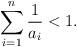
LaTeX: \begin{align*}\sum_{i=1}^n \frac{1}{a_i} < 1.\end{align*}